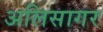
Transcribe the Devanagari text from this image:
अलिसागर